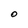
Character: O